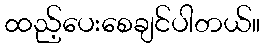
ထည့်ပေးစေချင်ပါတယ်။